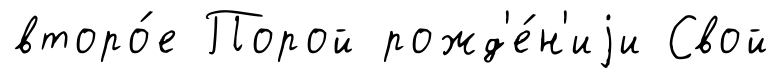
второ́е Порой рожд'е́н'иjи Свой